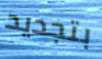
بتجديد